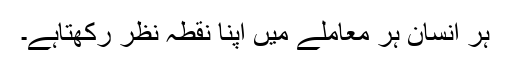
ہر انسان ہر معاملے میں اپنا نقطہ نظر رکھتاہے۔